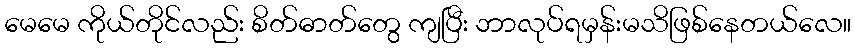
မေမေ ကိုယ်တိုင်လည်း စိတ်ဓာတ်တွေ ကျပြီး ဘာလုပ်ရမှန်းမသိဖြစ်နေတယ်လေ။